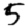
Digit: 5